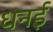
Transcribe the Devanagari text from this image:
धनई